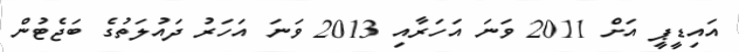
އައިޑީޕީ އަށް 2011 ވަނަ އަހަރާއި 2013 ވަނަ އަހަރު ދައުލަތުގެ ބަޖެޓުން